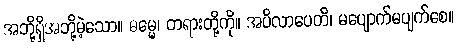
အဘို့ရှိအဘို့မဲ့သော။ ဓမ္မေ၊ တရားတို့ကို။ အပိလာပေတိ၊ မပျောက်မပျက်စေ။